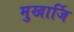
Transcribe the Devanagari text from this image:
मुखार्जि